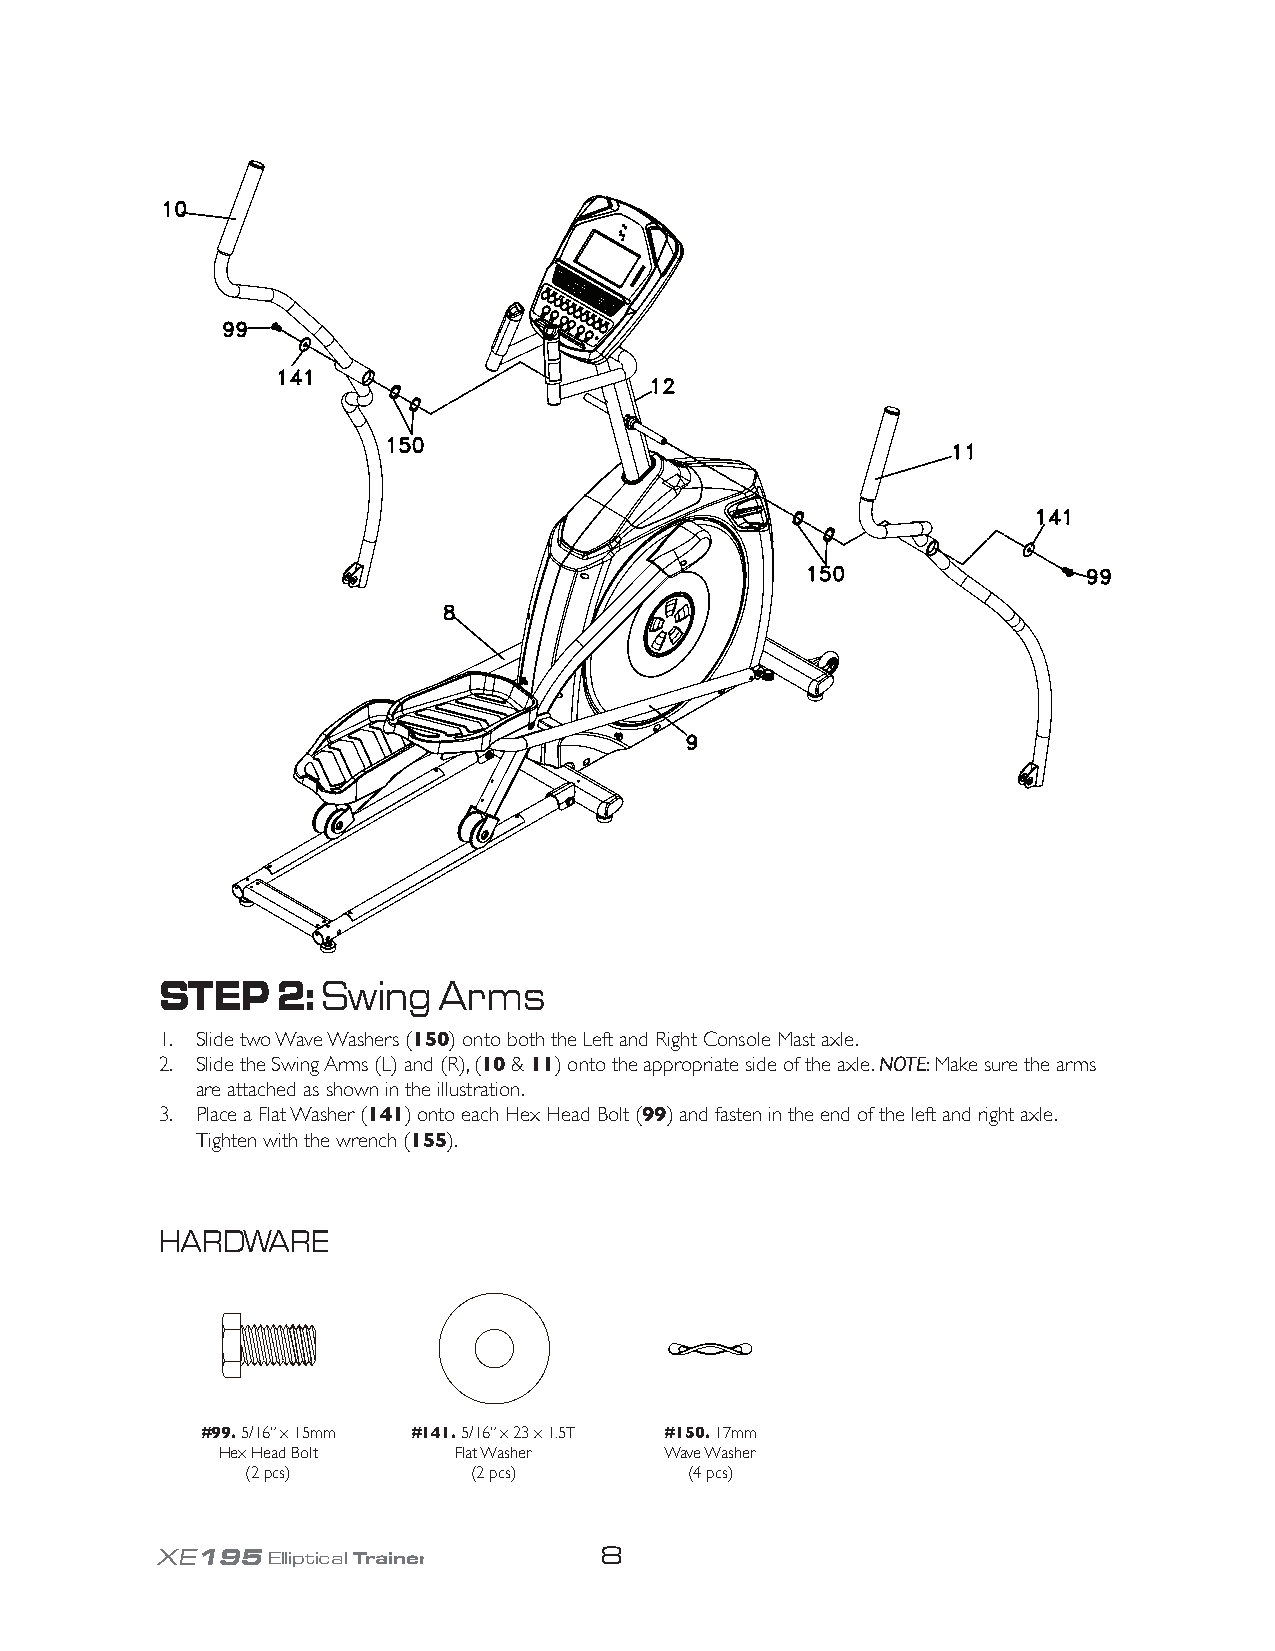
STEP   2: Swing   Arms
 1. Slide two Wave Washers (150) onto both the Left and Right Console Mast axle.
 2. Slide the Swing Arms (L) and (R), (10 & 11) onto the appropriate side of the axle. NOTE: Make sure the arms
 are attached as shown in the illustration.
 3. Place a Flat Washer (141) onto each Hex Head Bolt (99) and fasten in the end of the left and right axle.
 Tighten with the wrench (155).
 HARDWARE
 #99. 5/16” x 15mm #141. 5/16” x 23 x 1.5T #150. 17mm
 Hex Head Bolt   Flat Washer   Wave Washer
 (2 pcs)        (2 pcs)        (4 pcs)
 XE195Elliptical Trainer       8